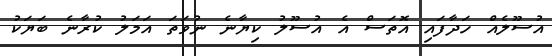
އުސޫލެއް ހަދާފައި އޮތަސް އެ އުސޫލު ކިޔާނެ ނުވަތަ އަމަލު ކުރާނެ ބަޔަކު